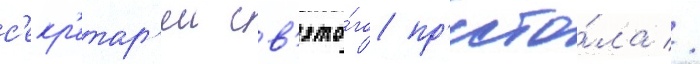
с'екр'етар'еи св'ято́го пр'есто́ла //